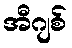
အီဂျစ်